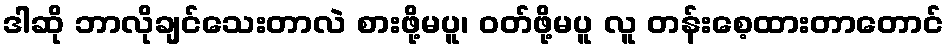
ဒါဆို ဘာလိုချင်သေးတာလဲ စားဖို့မပူ၊ ဝတ်ဖို့မပူ လူ တန်းစေ့ထားတာတောင်